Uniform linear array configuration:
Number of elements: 12
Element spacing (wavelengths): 0.75
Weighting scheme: uniform
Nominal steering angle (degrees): -45
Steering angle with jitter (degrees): -44.272
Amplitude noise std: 0.05
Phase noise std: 0.05

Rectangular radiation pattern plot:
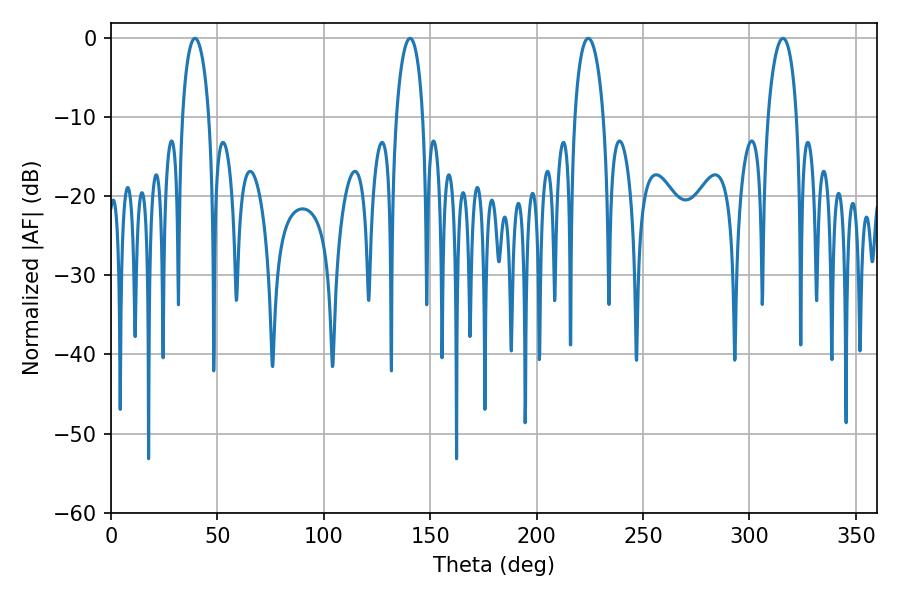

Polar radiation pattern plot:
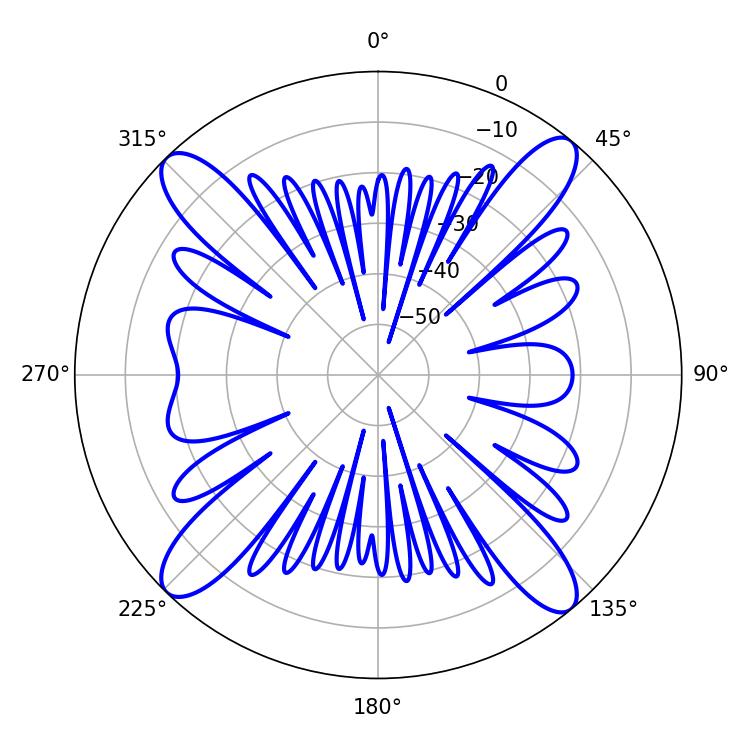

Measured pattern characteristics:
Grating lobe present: TRUE
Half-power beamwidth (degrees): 7.74
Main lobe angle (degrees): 224.28